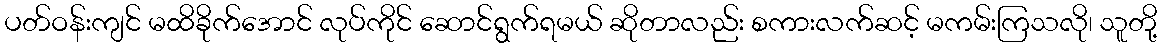
ပတ်ဝန်းကျင် မထိခိုက်အောင် လုပ်ကိုင် ဆောင်ရွက်ရမယ် ဆိုတာလည်း စကားလက်ဆင့် မကမ်းကြသလို၊ သူတို့